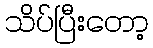
သိပ်ပြီးတော့